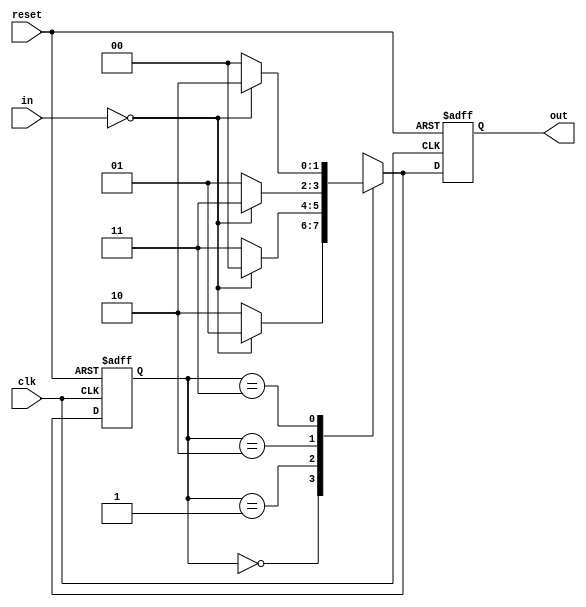
module fsm (
    input wire clk,
    input wire reset,
    input wire [1:0] in,
    output reg [1:0] out
);

// State definitions
localparam S0 = 2'b00;
localparam S1 = 2'b01;
localparam S2 = 2'b10;
localparam S3 = 2'b11;

// State register
reg [1:0] state;

// Outputs register
reg [1:0] output_reg;

always @ (posedge clk or posedge reset) begin
    if (reset) begin
        state <= S0;
        output_reg <= 2'b00;
    end else begin
        case (state)
            S0: begin
                if (in == 2'b00) begin
                    state <= S1;
                    output_reg <= 2'b01;
                end else begin
                    state <= S2;
                    output_reg <= 2'b10;
                end
            end
            
            S1: begin
                if (in == 2'b00) begin
                    state <= S0;
                    output_reg <= 2'b00;
                end else begin
                    state <= S3;
                    output_reg <= 2'b11;
                end
            end
            
            S2: begin
                if (in == 2'b00) begin
                    state <= S3;
                    output_reg <= 2'b11;
                end else begin
                    state <= S1;
                    output_reg <= 2'b01;
                end
            end
            
            S3: begin
                if (in == 2'b00) begin
                    state <= S2;
                    output_reg <= 2'b10;
                end else begin
                    state <= S0;
                    output_reg <= 2'b00;
                end
            end
        endcase
    end
end

assign out = output_reg;

endmodule